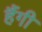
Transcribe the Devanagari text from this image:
हैंगी